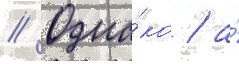
// Одна́ко / а́